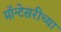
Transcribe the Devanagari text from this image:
मॉन्टेसरीच्या